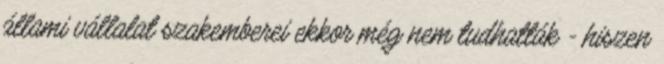
állami vállalat szakemberei ekkor még nem tudhatták - hiszen